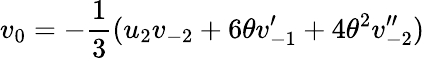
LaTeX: v_{{0}}=-\frac{1}{3}(u_{2}v_{-2}+6\theta v_{-1}^{\prime}+4{\theta}^{2}v_{-2}^{\prime\prime})